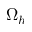
\Omega _ { h }